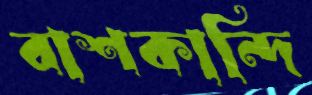
বাশকান্দি